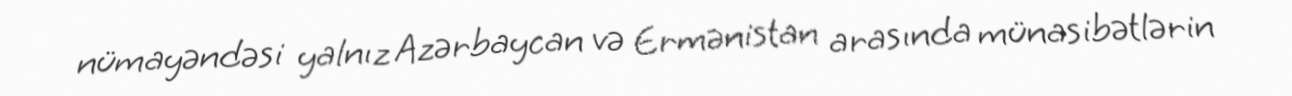
nümayəndəsi yalnız Azərbaycan və Ermənistan arasında münasibətlərin